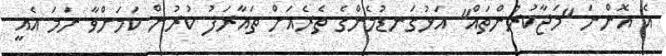
އެ އޮންނަ "މަޖާކުރުންތައް" އަޅުގަނޑުމެންގެ ތެރެއަށް ތައާރަފު ކުރުން ކަމަށްވާ ނަމަ އެއީ